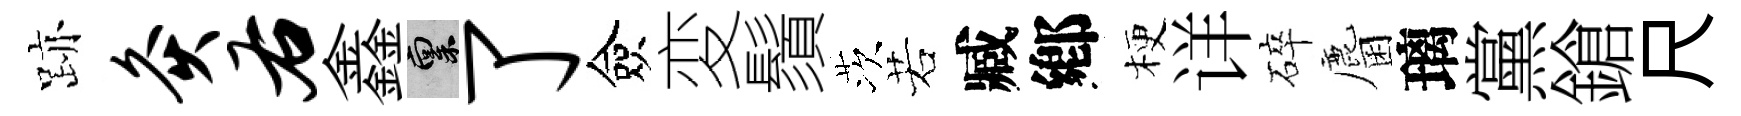
跡灸右鑫禀了僉変鬚茨若臧鄕梗详碎麕璃黨鎗尺